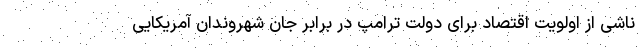
ناشی از اولویت اقتصاد برای دولت ترامپ در برابر جان شهروندان آمریکایی